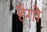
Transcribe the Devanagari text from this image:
हैगो